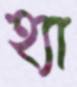
হ্যা